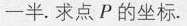
一半。求点P的坐标。